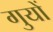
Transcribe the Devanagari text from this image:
गुयों